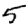
Digit: 5